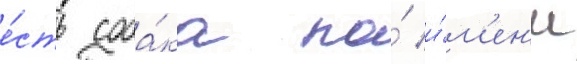
е́сть соба́ка по́ и́м'ен'и